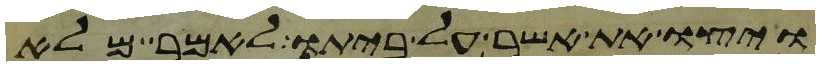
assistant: ויצו את אשר על ביתו לאמר מלא